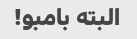
البته بامبو!